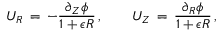
U _ { R } \, = \, - \frac { \partial _ { Z } \phi } { 1 + \epsilon R } \, , \qquad U _ { Z } \, = \, \frac { \partial _ { R } \phi } { 1 + \epsilon R } \, ,